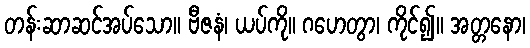
တန်းဆာဆင်အပ်သော။ ဗီဇနံ၊ ယပ်ကို။ ဂဟေတွာ၊ ကိုင်၍။ အတ္တနော၊